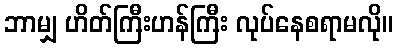
ဘာမျှ ဟိတ်ကြီးဟန်ကြီး လုပ်နေစရာမလို။